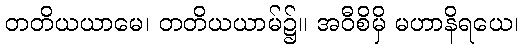
တတိယယာမေ၊ တတိယယာမ်၌။ အဝီစိမှိ မဟာနိရယေ၊